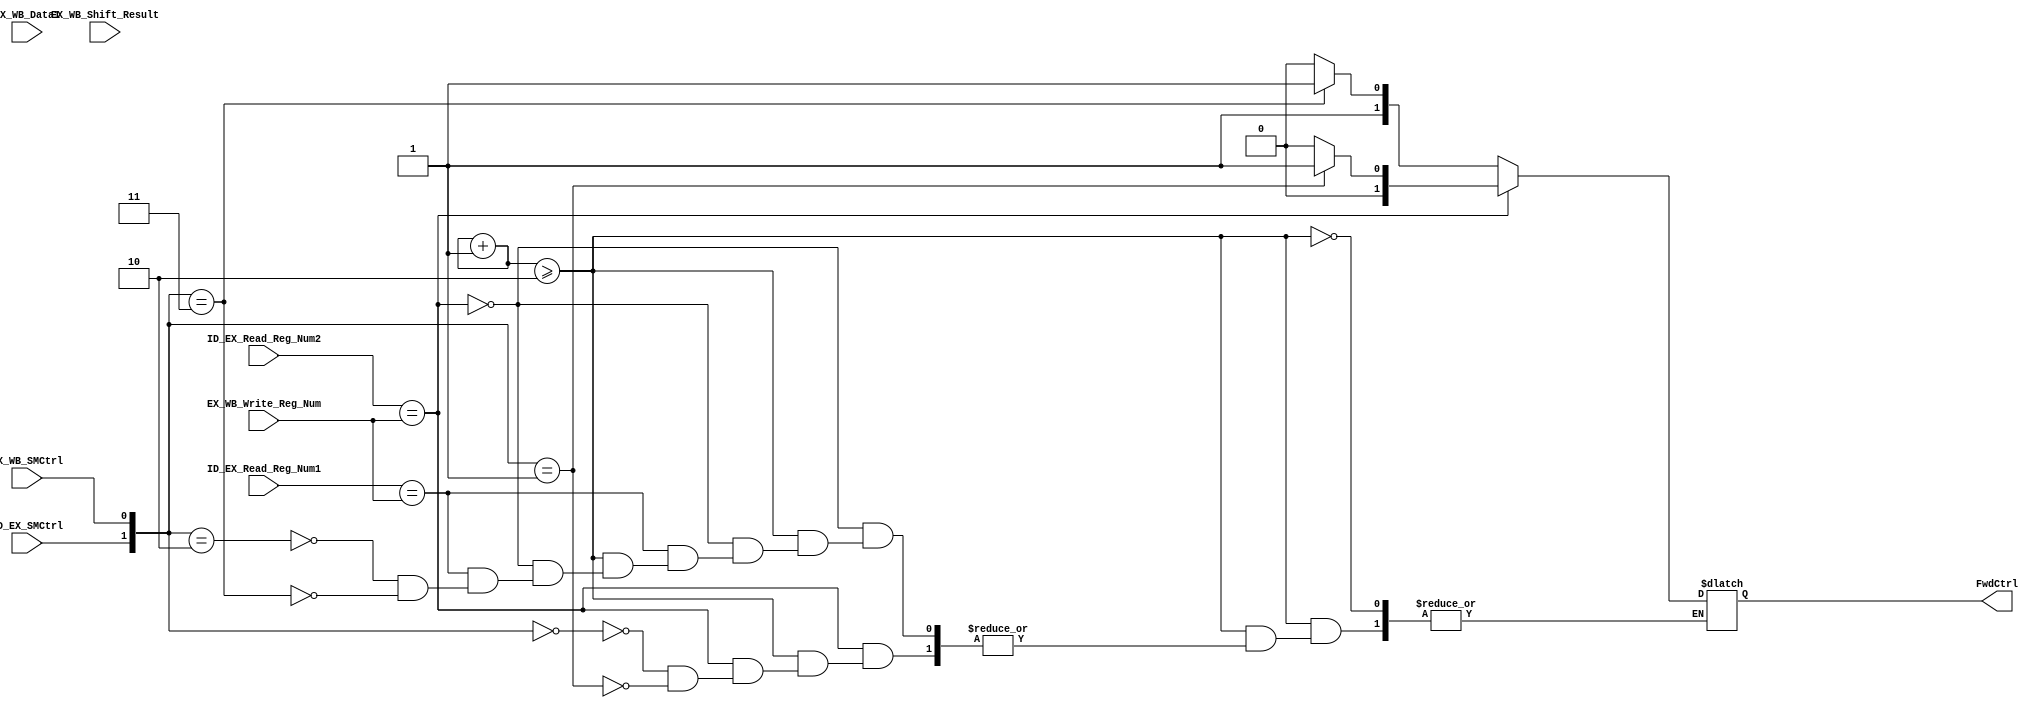
`timescale 1ns / 1ps
//////////////////////////////////////////////////////////////////////////////////
// Company: 
// Engineer: 
// 
// Design Name: 
// Module Name:    Forwarding_Unit 
// Project Name: 
// Target Devices: 
// Tool versions: 
// Description: 
//
// Dependencies: 
//
// Revision: 
// Revision 0.01 - File Created
// Additional Comments: 
//
//////////////////////////////////////////////////////////////////////////////////
module Forwarding_Unit(
	input [2:0] ID_EX_Read_Reg_Num1, input [2:0] ID_EX_Read_Reg_Num2, input [2:0] EX_WB_Write_Reg_Num,
	input [7:0] EX_WB_Data1, input [7:0] EX_WB_Shift_Result, input ID_EX_SMCtrl, input EX_WB_SMCtrl,
	output reg [1:0] FwdCtrl 
	);
	reg [4:0] counter = 5'b00000;
	always@*
	begin
	if (counter>=2)
	begin
	if(ID_EX_Read_Reg_Num2 == EX_WB_Write_Reg_Num) 
		begin
		case({ID_EX_SMCtrl,EX_WB_SMCtrl})
		2'b00: FwdCtrl = 2'b00;//route from EX_WB_Shift_Result to ID_EX_Data2
		2'b01: FwdCtrl = 2'b01;//route from exwbdata1 to ID_EX_Data2
		endcase
		end
	else if(ID_EX_Read_Reg_Num1 == EX_WB_Write_Reg_Num)
		begin
		case({ID_EX_SMCtrl,EX_WB_SMCtrl})
		2'b10: FwdCtrl = 2'b10;//route from EX_WB_Shift_Result to ID_EX_Data1
		2'b11: FwdCtrl = 2'b11;//route from EX_WB_Data1 to ID_EX_Data1
		endcase
		end
	else FwdCtrl = 2'bxx;
	end
	counter=counter+1;
	end
endmodule